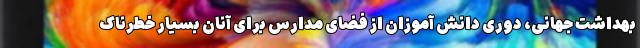
بهداشت جهانی، دوری دانش آموزان از فضای مدارس برای آنان بسیار خطرناک